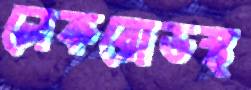
লেকরোডস্থ